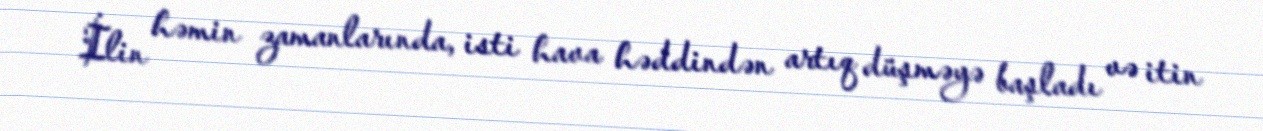
İlin həmin zamanlarında, isti hava həddindən artıq düşməyə başladı və itin